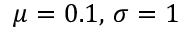
\mu = 0 . 1 , \, \sigma = 1